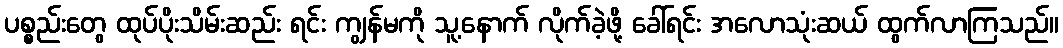
ပစ္စည်းတွေ ထုပ်ပိုးသိမ်းဆည်း ရင်း ကျွန်မကို သူ့နောက် လိုက်ခဲ့ဖို့ ခေါ်ရင်း အလောသုံးဆယ် ထွက်လာကြသည်။